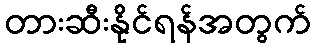
တားဆီးနိုင်ရန်အတွက်